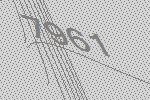
7961